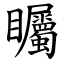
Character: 矚